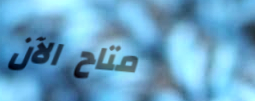
متاح الآن